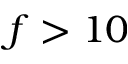
f > 1 0